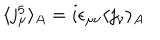
\langle j _ { \mu } ^ { 5 } \rangle _ { A } = i \epsilon _ { \mu \nu } \langle j _ { \nu } \rangle _ { A }